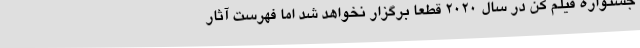
جشنواره فیلم کن در سال 2020 قطعا برگزار نخواهد شد اما فهرست آثار